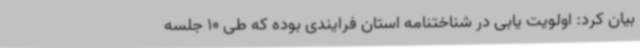
بیان کرد: اولویت یابی در شناختنامه استان فرایندی بوده که طی 10 جلسه